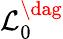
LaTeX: \mathcal{L}_{0}^{\dag}